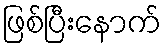
ဖြစ်ပြီးနောက်